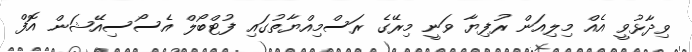
ވިދާޅުވީ އެއް މިލިއަން ރުފިޔާ ވަނީ މިރޭގެ ރަސްމިއްޔާތުގައި ފުޓްބޯލް އެސޯސިއޭޝަން އޮފް